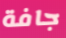
جافة